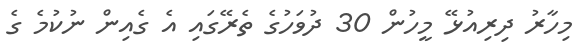
މިހާރު ދިރިއުޅޭ މީހުން 30 ދުވަހުގެ ތެރޭގައި އެ ގެއިން ނުކުމެ ގެ